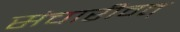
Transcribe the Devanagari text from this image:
संचारीवत्